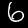
Label: 6